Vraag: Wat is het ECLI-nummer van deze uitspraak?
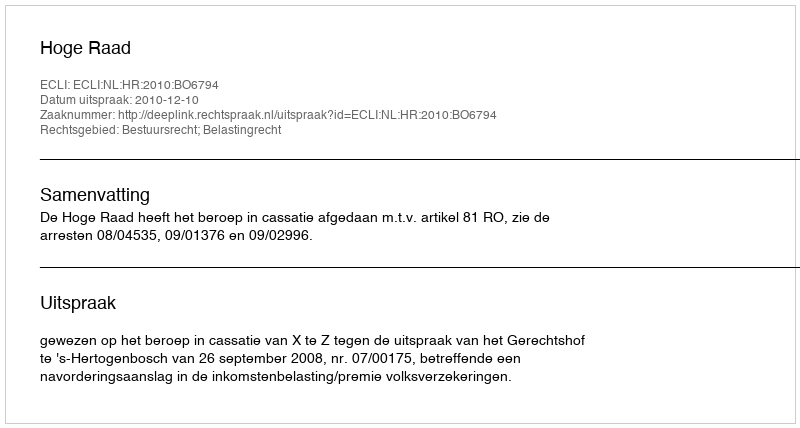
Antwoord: ECLI:NL:HR:2010:BO6794